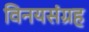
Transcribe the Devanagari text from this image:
विनयसंग्रह